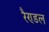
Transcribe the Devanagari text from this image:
रैण्डल